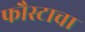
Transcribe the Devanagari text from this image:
फौस्टाचा